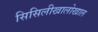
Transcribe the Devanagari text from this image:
सिसिलीखालोखाल